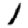
Digit: 1